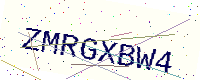
Text: ZMRGXBW4